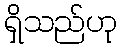
ရှိသည်ဟု